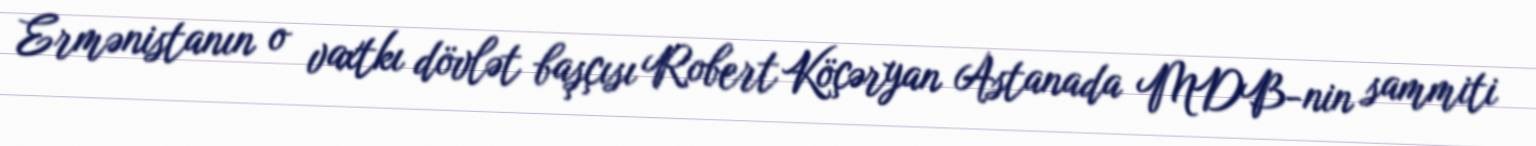
Ermənistanın o vaxtkı dövlət başçısı Robert Köçəryan Astanada MDB-nin sammiti